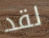
لقد